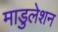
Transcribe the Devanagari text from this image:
माडुलेशन